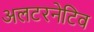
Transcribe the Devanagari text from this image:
अलटरनेटिव